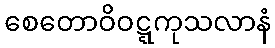
စေတောဝိဝဋ္ဋကုသလာနံ